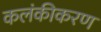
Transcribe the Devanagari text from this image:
कलंकीकरण